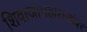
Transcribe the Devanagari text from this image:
शिवाजीमहाराजांबर